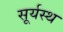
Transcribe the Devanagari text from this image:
सूर्यस्थ